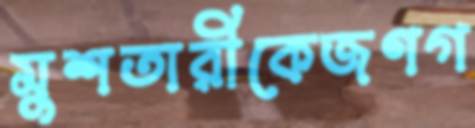
মুশতারীকেজণগ